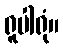
ရူပါရုံ။